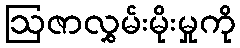
ဩဇာလွှမ်းမိုးမှုကို